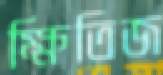
ক্ষিতিজ